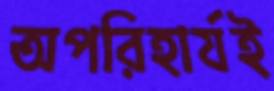
অপরিহার্যই